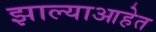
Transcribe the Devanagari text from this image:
झाल्याआहेत